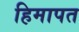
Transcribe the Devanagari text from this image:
हिमापत